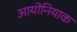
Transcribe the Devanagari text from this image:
आयोनियाक